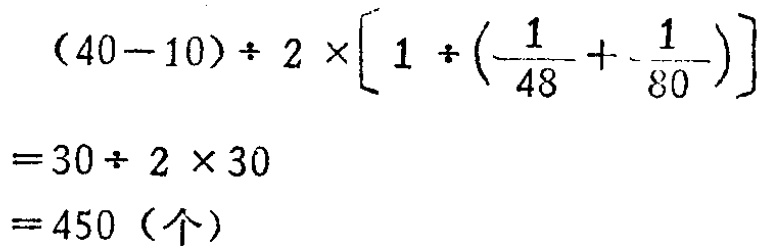
\[
\begin{align*}
&(40 - 10)\div2\times\left[1\div\left(\frac{1}{48}+\frac{1}{80}\right)\right]\\
=&30\div2\times30\\
=&450 (\text{个})
\end{align*}
\]